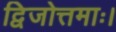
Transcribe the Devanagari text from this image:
द्विजोत्तमाः।